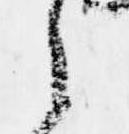
之